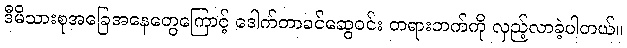
ဒီမိသားစုအခြေအနေတွေကြောင့် ဒေါက်တာခင်ဆွေဝင်း တရားဘက်ကို လှည့်လာခဲ့ပါတယ်။